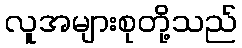
လူအများစုတို့သည်